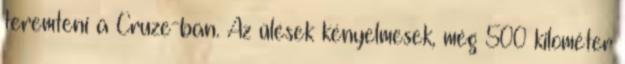
teremteni a Cruze-ban. Az ülések kényelmesek, még 500 kilométer